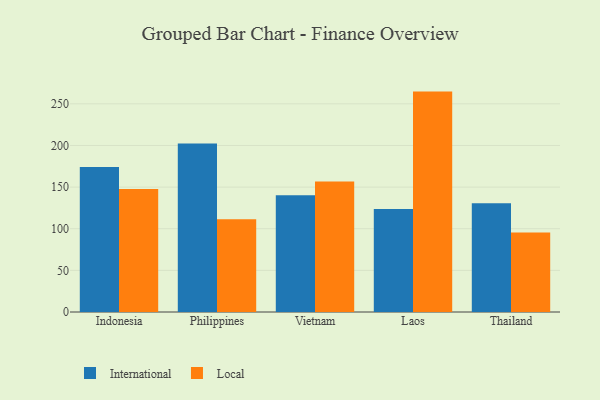
{"axis": {"x": "Country", "y": "Headcount"}, "legend": ["International", "Local"], "data": [{"x": "Indonesia", "y": 174.1, "type": "International"}, {"x": "Indonesia", "y": 147.8, "type": "Local"}, {"x": "Philippines", "y": 202.3, "type": "International"}, {"x": "Philippines", "y": 111.5, "type": "Local"}, {"x": "Vietnam", "y": 140.2, "type": "International"}, {"x": "Vietnam", "y": 156.7, "type": "Local"}, {"x": "Laos", "y": 123.6, "type": "International"}, {"x": "Laos", "y": 264.7, "type": "Local"}, {"x": "Thailand", "y": 130.5, "type": "International"}, {"x": "Thailand", "y": 95.6, "type": "Local"}]}